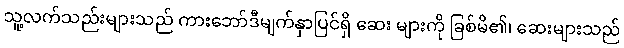
သူ့လက်သည်းများသည် ကားဘော်ဒီမျက်နှာပြင်ရှိ ဆေး များကို ခြစ်မိ၏၊ ဆေးများသည်